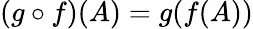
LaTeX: (g\circ f)(A)=g(f(A))